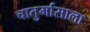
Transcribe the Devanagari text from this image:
चातुर्मासाला